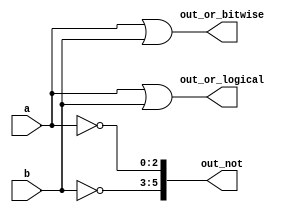
module top_module(
    input [2:0] a,
    input [2:0] b,
    output [2:0] out_or_bitwise,
    output out_or_logical,
    output [5:0] out_not
  );
  assign out_or_bitwise=a|b;
  assign out_or_logical=a||b;
  assign out_not[5:3]= ~b;
  assign out_not[2:0]= ~a;
endmodule